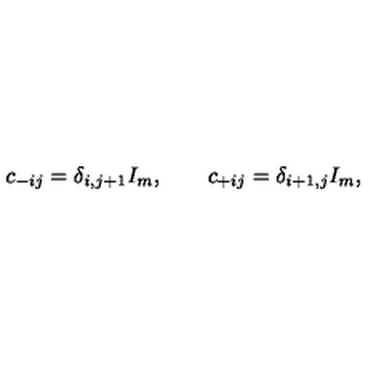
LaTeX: c _ { - i j } = \delta _ { i , j + 1 } I _ { m } , \qquad c _ { + i j } = \delta _ { i + 1 , j } I _ { m } ,